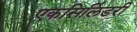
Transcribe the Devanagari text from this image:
एकसिलिंडरी